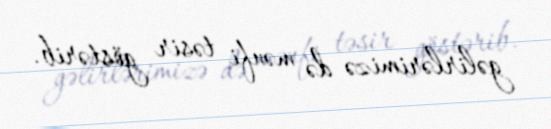
gəlirlərimizə də mənfi təsir göstərib.